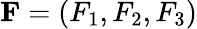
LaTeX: \mathbf{F}=\left(F_{1},F_{2},F_{3}\right)